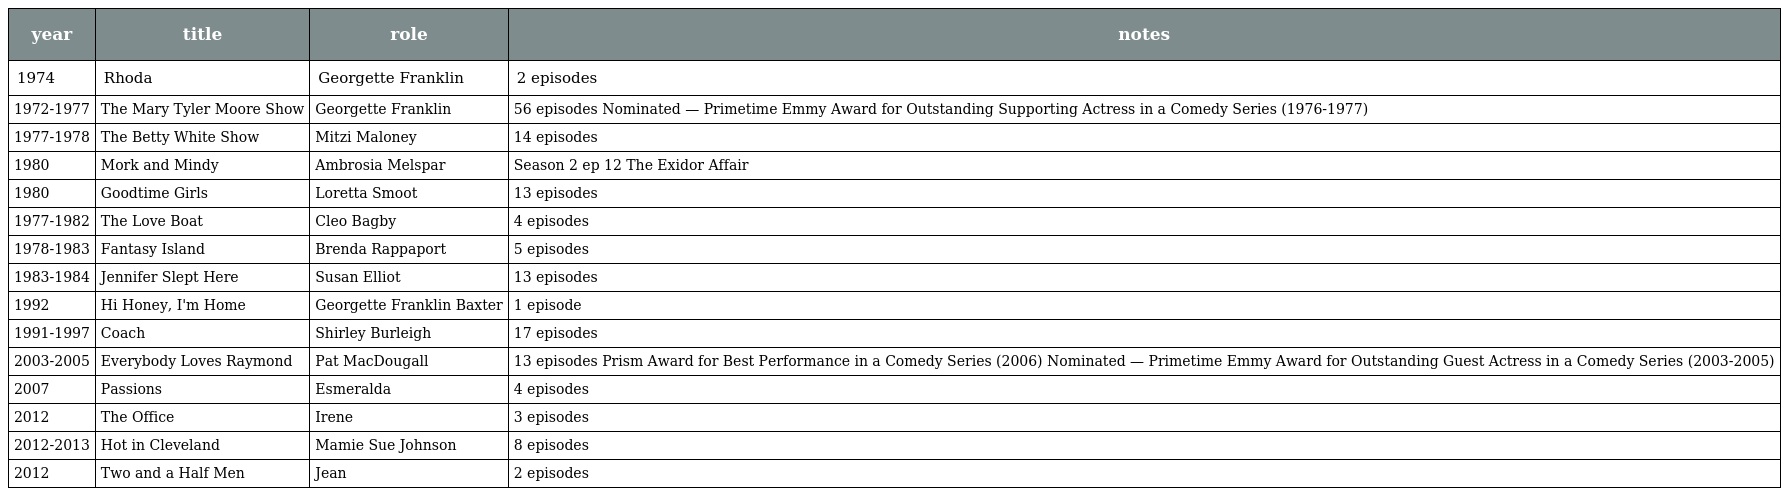
| year | title | role | notes |
 | --- | --- | --- | --- |
 | 1974 | Rhoda | Georgette Franklin | 2 episodes |
 | 1972-1977 | The Mary Tyler Moore Show | Georgette Franklin | 56 episodes Nominated — Primetime Emmy Award for Outstanding Supporting Actress in a Comedy Series (1976-1977) |
 | 1977-1978 | The Betty White Show | Mitzi Maloney | 14 episodes |
 | 1980 | Mork and Mindy | Ambrosia Melspar | Season 2 ep 12 The Exidor Affair |
 | 1980 | Goodtime Girls | Loretta Smoot | 13 episodes |
 | 1977-1982 | The Love Boat | Cleo Bagby | 4 episodes |
 | 1978-1983 | Fantasy Island | Brenda Rappaport | 5 episodes |
 | 1983-1984 | Jennifer Slept Here | Susan Elliot | 13 episodes |
 | 1992 | Hi Honey, I'm Home | Georgette Franklin Baxter | 1 episode |
 | 1991-1997 | Coach | Shirley Burleigh | 17 episodes |
 | 2003-2005 | Everybody Loves Raymond | Pat MacDougall | 13 episodes Prism Award for Best Performance in a Comedy Series (2006) Nominated — Primetime Emmy Award for Outstanding Guest Actress in a Comedy Series (2003-2005) |
 | 2007 | Passions | Esmeralda | 4 episodes |
 | 2012 | The Office | Irene | 3 episodes |
 | 2012-2013 | Hot in Cleveland | Mamie Sue Johnson | 8 episodes |
 | 2012 | Two and a Half Men | Jean | 2 episodes |